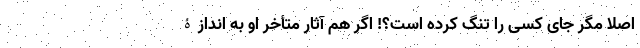
اصلا مگر جای کسی را تنگ کرده است؟! اگر هم آثار متأخر او به اندازۀ